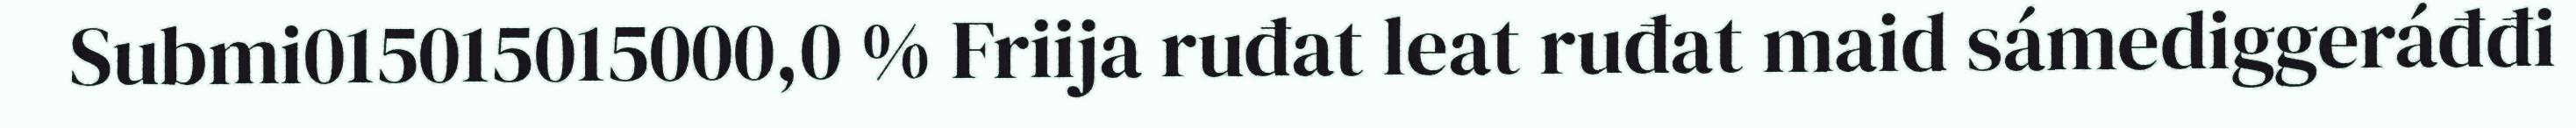
Submi015015015000,0 % Friija ruđat leat ruđat maid sámediggeráđđi